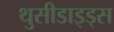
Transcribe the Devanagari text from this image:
थुसीडाइड्स